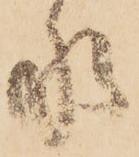
水